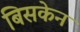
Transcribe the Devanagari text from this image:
बिसकेन